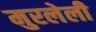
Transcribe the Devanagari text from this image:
मुरलेली